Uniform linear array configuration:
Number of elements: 4
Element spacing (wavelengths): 0.25
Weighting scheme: hamming
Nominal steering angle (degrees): -15
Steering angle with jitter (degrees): -13.475
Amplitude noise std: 0.05
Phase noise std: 0.05

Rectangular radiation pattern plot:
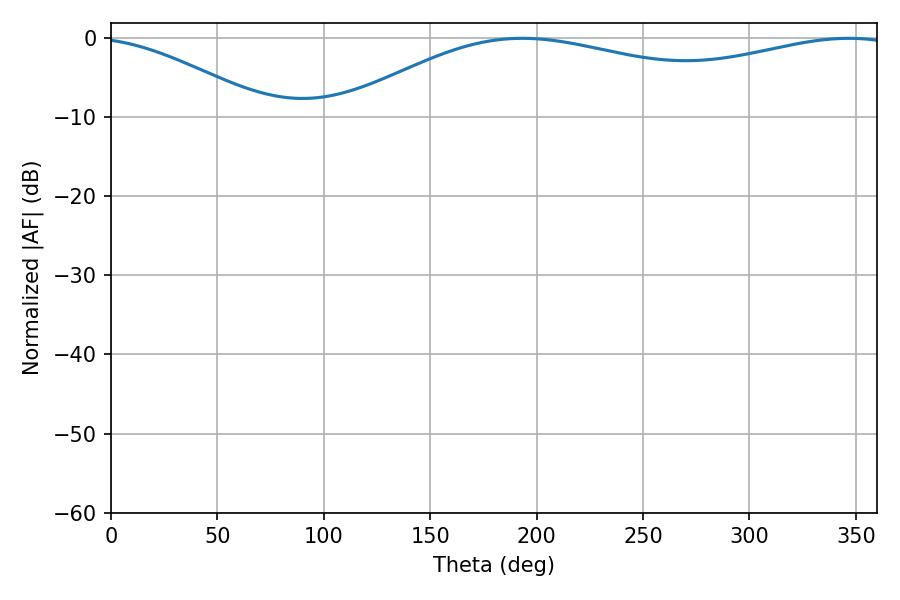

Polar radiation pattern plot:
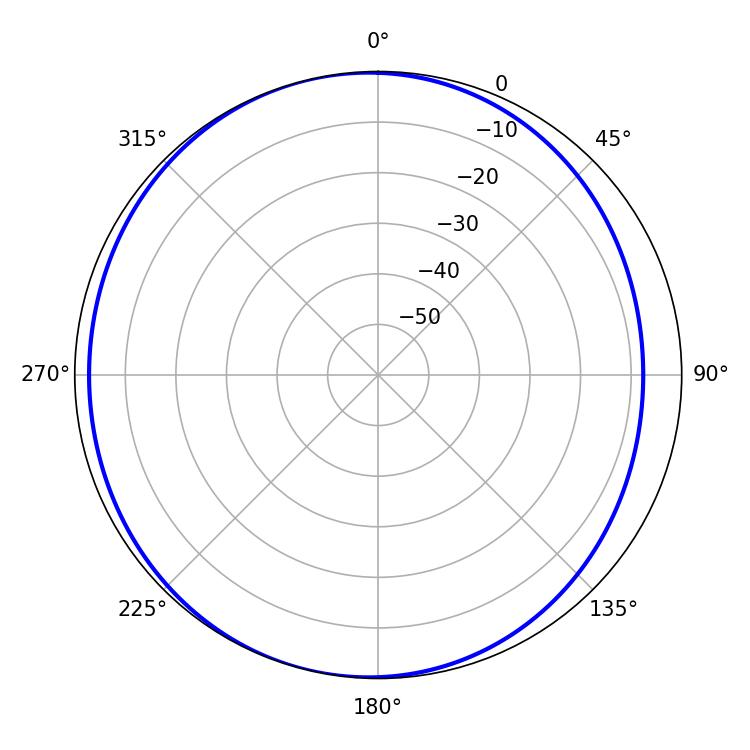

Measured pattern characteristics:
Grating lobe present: FALSE
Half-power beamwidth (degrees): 213.84
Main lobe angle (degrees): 193.32